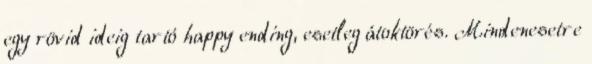
egy rövid ideig tartó happy ending, esetleg átoktörés. Mindenesetre